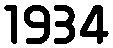
1934